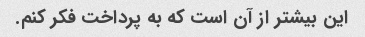
این بیشتر از آن است که به پرداخت فکر کنم.